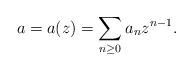
LaTeX: \begin{align*}a = a(z) = \sum_{n\ge 0}a_nz^{n-1}.\end{align*}